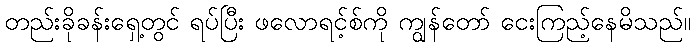
တည်းခိုခန်းရှေ့တွင် ရပ်ပြီး ဖလောရင့်စ်ကို ကျွန်တော် ငေးကြည့်နေမိသည်။